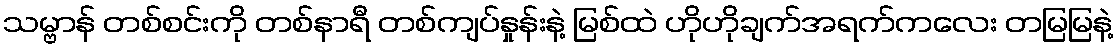
သမ္ဗာန် တစ်စင်းကို တစ်နာရီ တစ်ကျပ်နှုန်းနဲ့ မြစ်ထဲ ဟိုဟိုချက်အရက်ကလေး တမြမြနဲ့